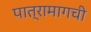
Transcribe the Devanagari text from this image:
पात्रामागची